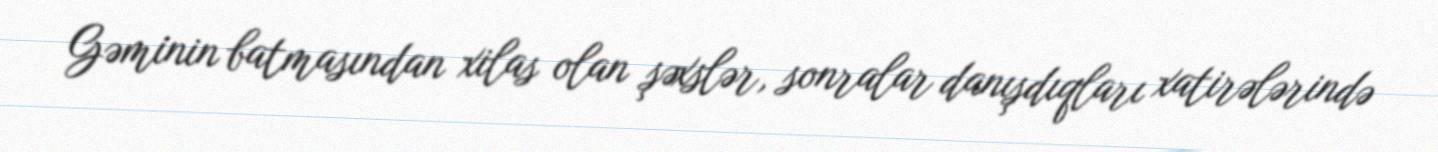
Gəminin batmasından xilas olan şəxslər, sonralar danışdıqları xatirələrində